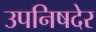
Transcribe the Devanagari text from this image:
उपनिषदेर